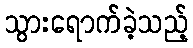
သွားရောက်ခဲ့သည့်